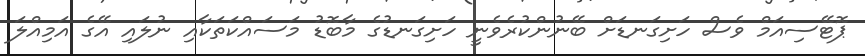
ޕޮޓޭސިއަމް ވެސް ހަށިގަނޑަށް ބޭނުންކުރެވެނީ ހަށިގަނޑުގެ މާބޮޑު މަސައްކަތަކާއި ނުލައި އޭގެ އަމިއްލަ